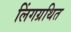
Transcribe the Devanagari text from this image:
लिंगग्रथित